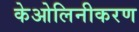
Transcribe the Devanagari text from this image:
केओलिनीकरण